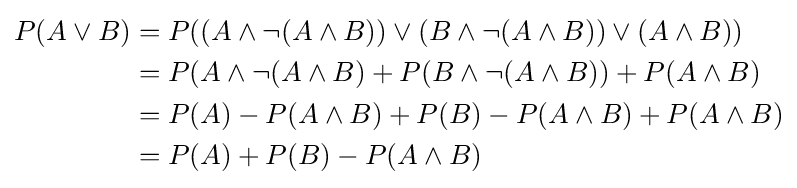
{\begin{aligned}P(A\lor B)&=P((A\land \neg (A\land B))\lor (B\land \neg (A\land B))\lor (A\land B))\\&=P(A\land \neg (A\land B)+P(B\land \neg (A\land B))+P(A\land B)\\&=P(A)-P(A\land B)+P(B)-P(A\land B)+P(A\land B)\\&=P(A)+P(B)-P(A\land B)\end{aligned}}